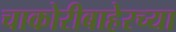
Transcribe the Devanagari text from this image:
चाकोरीबाहेरच्या